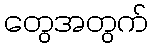
တွေအတွက်